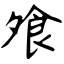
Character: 飧